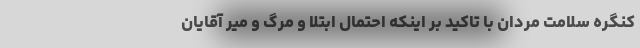
کنگره سلامت مردان با تاکید بر اینکه احتمال ابتلا و مرگ و میر آقایان